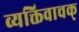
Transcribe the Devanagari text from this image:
व्यक्तिवाचक्